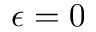
\epsilon = 0